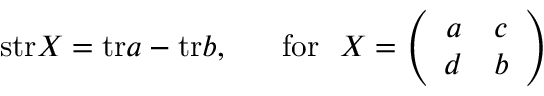
\mathrm { s t r } X = \mathrm { t r } a - \mathrm { t r } b , ~ ~ ~ ~ ~ \mathrm { f o r } ~ ~ X = \left( \begin{array} { c c } { { a } } & { { c } } \\ { { d } } & { { b } } \end{array} \right)